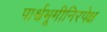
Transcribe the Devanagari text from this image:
पार्श्वभूमीनिरपेक्ष